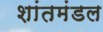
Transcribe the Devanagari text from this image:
शांतमंडल